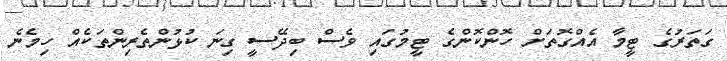
ގަތަރުގެ ޓީމާ އެއްގޮތަށް ހޮންކޮންގެ ޓީމުގައި ވެސް ބިދޭސީ ގިނަ ކުޅުންތެރިންތަކެއް ހިމެނެ